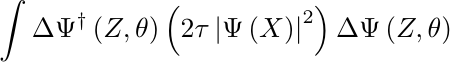
\begin{equation*}
\int \Delta \Psi ^{\dag }\left( Z,\theta \right) \left( 2\tau \left\vert
\Psi \left( X\right) \right\vert ^{2}\right) \Delta \Psi \left( Z,\theta
\right)
\end{equation*}%